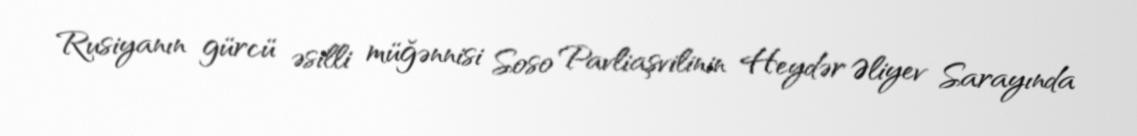
Rusiyanın gürcü əsilli müğənnisi Soso Pavliaşvilinin Heydər Əliyev Sarayında